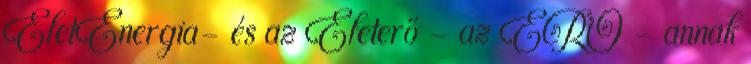
ÉletEnergia- és az Életerő - az ERŐ - annak